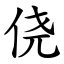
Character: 侥